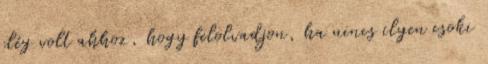
elég volt ahhoz, hogy felolvadjon, ha nincs ilyen csoki